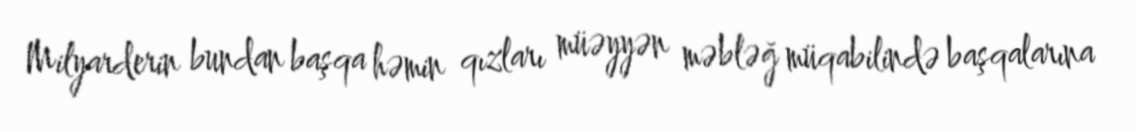
Milyarderin bundan başqa həmin qızları müəyyən məbləğ müqabilində başqalarına